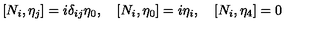
[ N _ { i } , \eta _ { j } ] = i \delta _ { i j } \eta _ { 0 } , \quad [ N _ { i } , \eta _ { 0 } ] = i \eta _ { i } , \quad [ N _ { i } , \eta _ { 4 } ] = 0